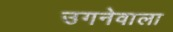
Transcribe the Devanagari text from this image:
उगनेवाला